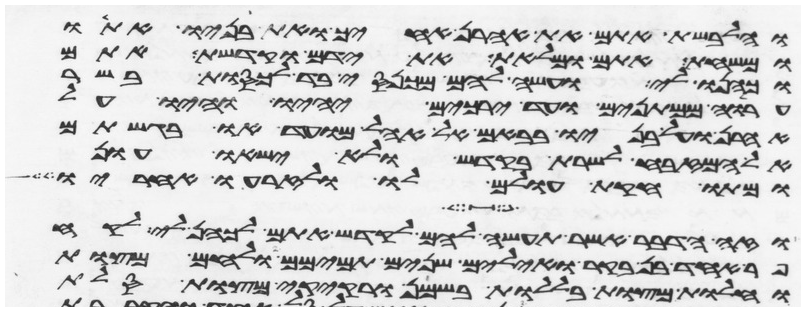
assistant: והלבשת אתם את אהרן אחיך ואת בניו אתו
ומשחת אתם ומלאת את ידם וקדשת אתם
וכהנו לי ועשה להם מכנסי בד לכסות בשר
ערוה ממתנים ועד ירכים יהיו והיו על
אהרן ועל בניו בבאם אל אהל מועד או בגשתם
אל המזבח לשרת בקדש ולא ישאו עון
ומתו חקות עולם לו ולזרעו אחריו
וזה הדבר אשר תעשה להם לקדש אתם לכהן לי לקח
פר אחד בן בקר ואילים שנים תמימם ולחם מצות
וחלות מצות בללות בשמן ורקיקי מצות סלת